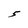
Character: 5